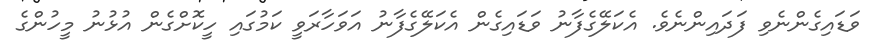
ވަޑައިގެންނެވި ފަދައިންނެވެ. އެކަލޭގެފާނު ވަޑައިގެން އެކަލޭގެފާނު އަވަހާރަވީ ކަމުގައި ހީކޮށްގެން އުޅުނު މީހުންގެ